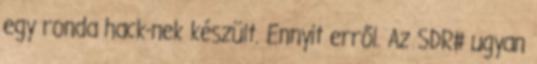
egy ronda hack-nek készült. Ennyit erről. Az SDR# ugyan